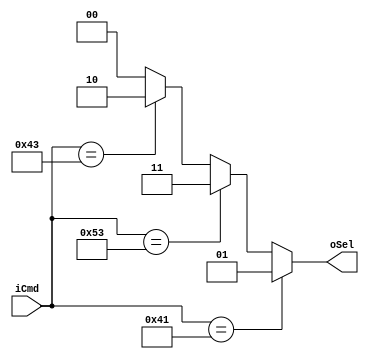
`timescale 1ns / 1ps

module cmd_sel (
    input  wire [7:0] iCmd, 
    output wire [1:0] oSel
    );
    assign oSel = (iCmd =="A") ? 2'b01 ://adder 
                  (iCmd =="S") ? 2'b11 ://substractor
                  (iCmd =="C") ? 2'b10 ://comparator
                                 2'b00 ;
endmodule